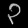
Digit: ၃